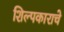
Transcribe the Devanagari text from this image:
शिल्पकाराचे